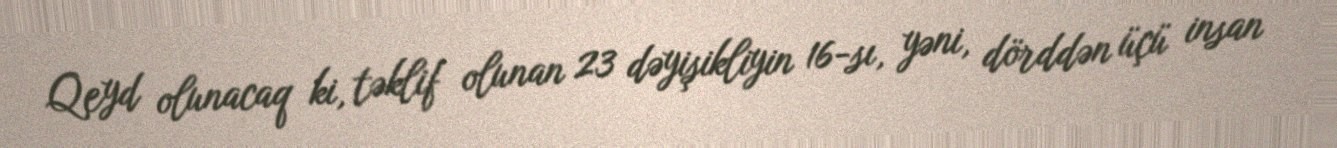
Qeyd olunacaq ki, təklif olunan 23 dəyişikliyin 16-sı, yəni, dörddən üçü insan